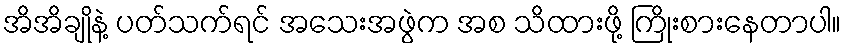
အိအိချိုနဲ့ ပတ်သက်ရင် အသေးအဖွဲက အစ သိထားဖို့ ကြိုးစားနေတာပါ။